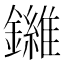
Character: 𫓙